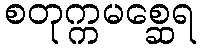
စတုက္ကမစ္ဆေရ